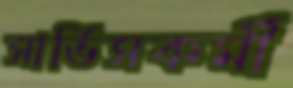
সার্ভিসকর্মী